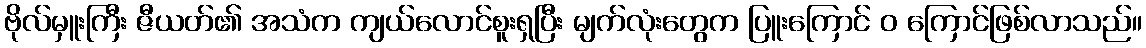
ဗိုလ်မှူးကြီး ဇီယတ်၏ အသံက ကျယ်လောင်စူးရှပြီး မျက်လုံးတွေက ပြူးကြောင် ဝ ကြောင်ဖြစ်လာသည်။